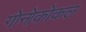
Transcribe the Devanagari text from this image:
गोनोकोकल